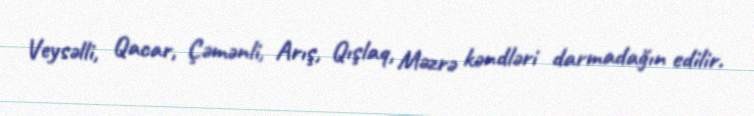
Veysəlli, Qacar, Çəmənli, Arış, Qışlaq, Məzrə kəndləri darmadağın edilir.